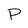
Character: P